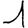
Digit: 1